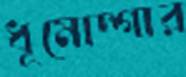
ধূমোদ্গার